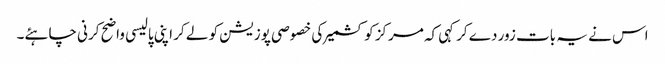
اس نے یہ بات زور دے کرکہی کہ مرکز کو کشمیر کی خصوصی پوزیشن کو لے کر اپنی پالیسی واضح کرنی چاہئے۔